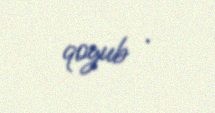
qoyub .